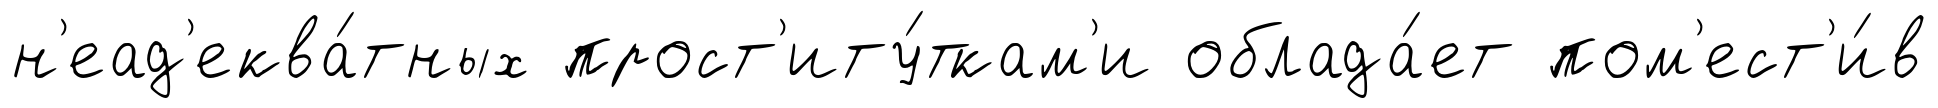
н'еад'еква́тных прост'иту́ткам'и облада́ет пом'ест'и́в